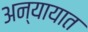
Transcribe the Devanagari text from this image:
अन्यायात